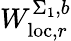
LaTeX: W_{\mathrm{loc},r}^{\Sigma_{1},b}